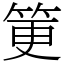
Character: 筻